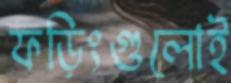
ফড়িংগুলোই